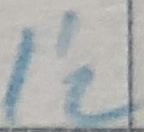
Text: I'2